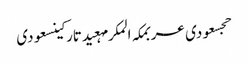
حجسعودی عربمکہ المکرمہعیدتارکینسعودی